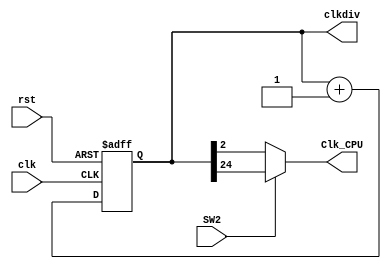
`timescale 1ns / 1ps
//////////////////////////////////////////////////////////////////////////////////
// Company: 
// Engineer: 
// 
// Design Name: 
// Module Name:    clk_div 
// Project Name: 
// Target Devices: 
// Tool versions: 
// Description: 
//
// Dependencies: 
//
// Revision: 
// Revision 0.01 - File Created
// Additional Comments: 
//
//////////////////////////////////////////////////////////////////////////////////
module clk_div(
   input clk, //
	input rst, //
	input SW2, //CPU
	output reg [31:0]clkdiv, //32
	output Clk_CPU //CPU
    );
	always @ (posedge clk or posedge rst) begin
	   if (rst) clkdiv <= 0 ;
	   else clkdiv <= clkdiv +1'b1;;
	end
	assign Clk_CPU = (SW2) ? clkdiv[24] : clkdiv[2];
endmodule